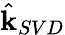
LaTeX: \hat{\mathbf{k}}_{SVD}